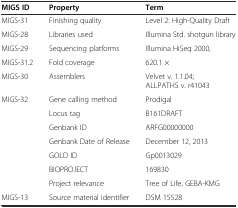
<table><thead><tr><td><b>MIGS ID</b></td><td><b>Property</b></td><td><b>Term</b></td></tr></thead><tbody><tr><td>MIGS-31</td><td>Finishing quality</td><td>Level 2: High-Quality Draft</td></tr><tr><td>MIGS-28</td><td>Libraries used</td><td>Illumina Std. shotgun library</td></tr><tr><td>MIGS-29</td><td>Sequencing platforms</td><td>Illumina HiSeq 2000,</td></tr><tr><td>MIGS-31.2</td><td>Fold coverage</td><td>620.1 ×</td></tr><tr><td>MIGS-30</td><td>Assemblers</td><td>Velvet v. 1.1.04; ALLPATHS v. r41043</td></tr><tr><td>MIGS-32</td><td>Gene calling method</td><td>Prodigal</td></tr><tr><td></td><td>Locus tag</td><td>B161DRAFT</td></tr><tr><td></td><td>Genbank ID</td><td>ARFG00000000</td></tr><tr><td></td><td>Genbank Date of Release</td><td>December 12, 2013</td></tr><tr><td></td><td>GOLD ID</td><td>Gp0013029</td></tr><tr><td></td><td>BIOPROJECT</td><td>169830</td></tr><tr><td></td><td>Project relevance</td><td>Tree of Life, GEBA-KMG</td></tr><tr><td>MIGS-13</td><td>Source material identifier</td><td>DSM 15528</td></tr></tbody></table>